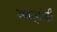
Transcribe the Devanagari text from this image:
अंतऱ्यांची